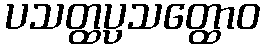
ပသတ္ထပ္ပသတ္ထောဝ